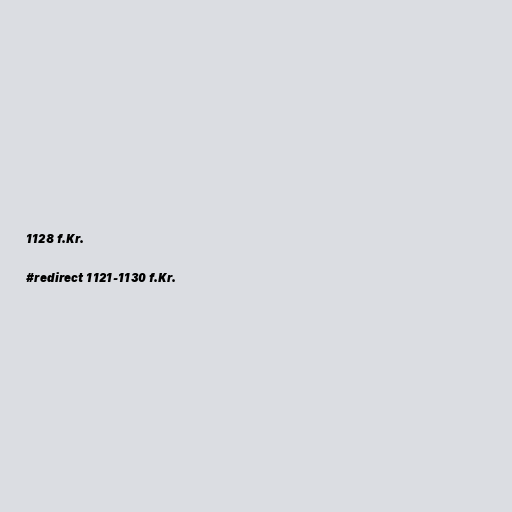
1128 f.Kr.

#redirect 1121-1130 f.Kr.